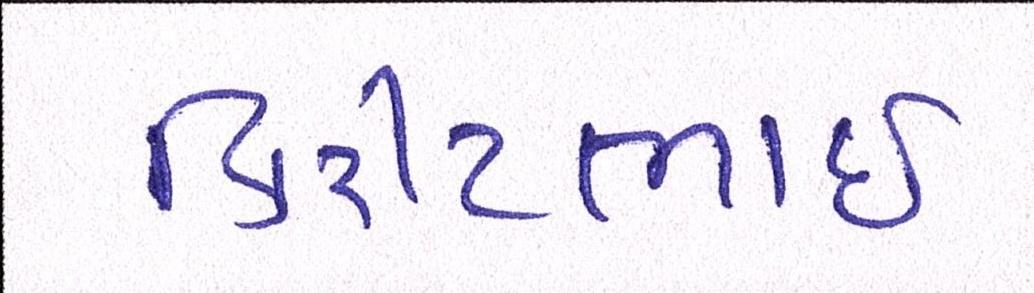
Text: કિરીટભાઈ